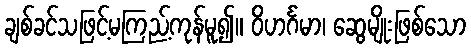
ချစ်ခင်သဖြင့်မကြည့်ကုန်မူ၍။ ဝိဟင်္ဂမာ၊ ဆွေမျိုးဖြစ်သော